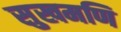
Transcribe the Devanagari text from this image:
सुखमणि